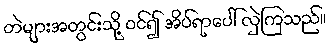
တဲများအတွင်းသို့ ဝင်၍ အိပ်ရာပေါ် လှဲကြသည်။